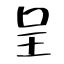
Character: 呈